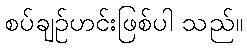
စပ်ချဉ်ဟင်းဖြစ်ပါ သည်။